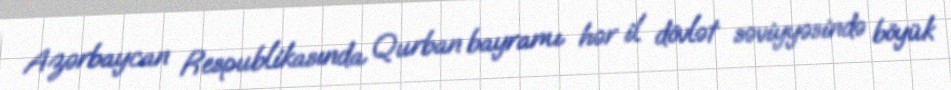
Azərbaycan Respublikasında Qurban bayramı hər il dövlət səviyyəsində böyük